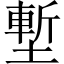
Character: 塹